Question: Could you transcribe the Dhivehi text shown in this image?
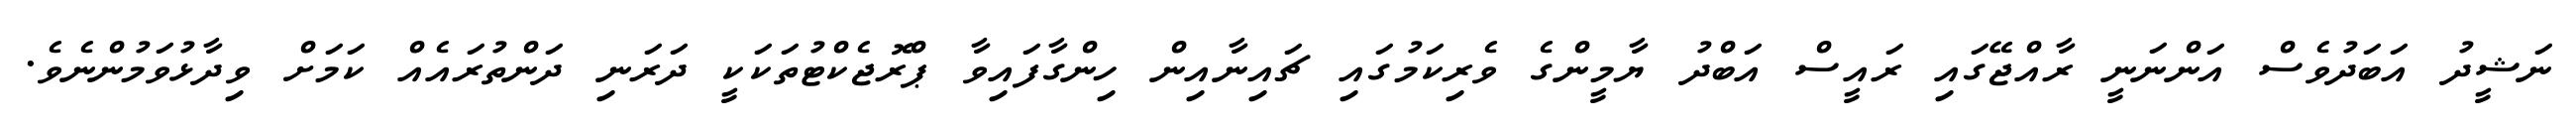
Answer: ނަޝީދު އަބަދުވެސް އަންނަނީ ރާއްޖޭގައި ރައީސް އަބްދު ޔާމީންގެ ވެރިކަމުގައި ޗައިނާއިން ހިންގާފައިވާ ޕްރޮޖެކްޓުތަކަކީ ދަރަނި ދަންތުރައެއް ކަމަށް ވިދާޅުވަމުންނެވެ.